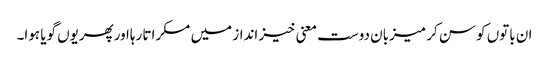
ان باتوں کو سن کر میزبان دوست معنی خیز انداز میں مسکراتا رہااورپھریوں گویا ہوا۔